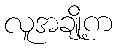
လူအချို့က